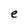
Character: e